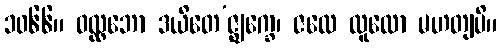
၁၀၆၆။ ဝလ္လဘော ဒယိတေ’ဇ္ဈက္ခေ၊ ဇလေ ထူလော မဟတျပိ။